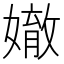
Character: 𡡠